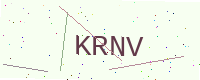
Text: KRNV